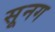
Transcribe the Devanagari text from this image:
सूनग